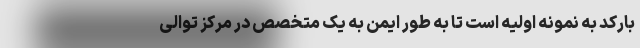
بارکد به نمونه اولیه است تا به طور ایمن به یک متخصص در مرکز توالی